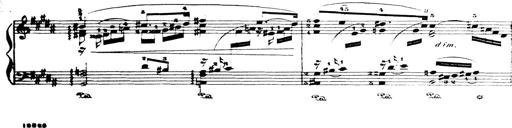
Title: Wagner-Liszt Album
Composer: Franz Liszt